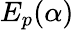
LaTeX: E_{p}(\alpha)